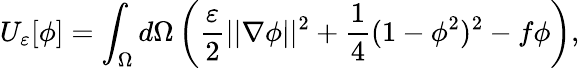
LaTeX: U_{\varepsilon}[\phi]=\int_{\Omega}d\Omega\left(\frac{\varepsilon}{2}||\nabla\phi||^{2}+\frac{1}{4}(1-\phi^{2})^{2}-f\phi\right),